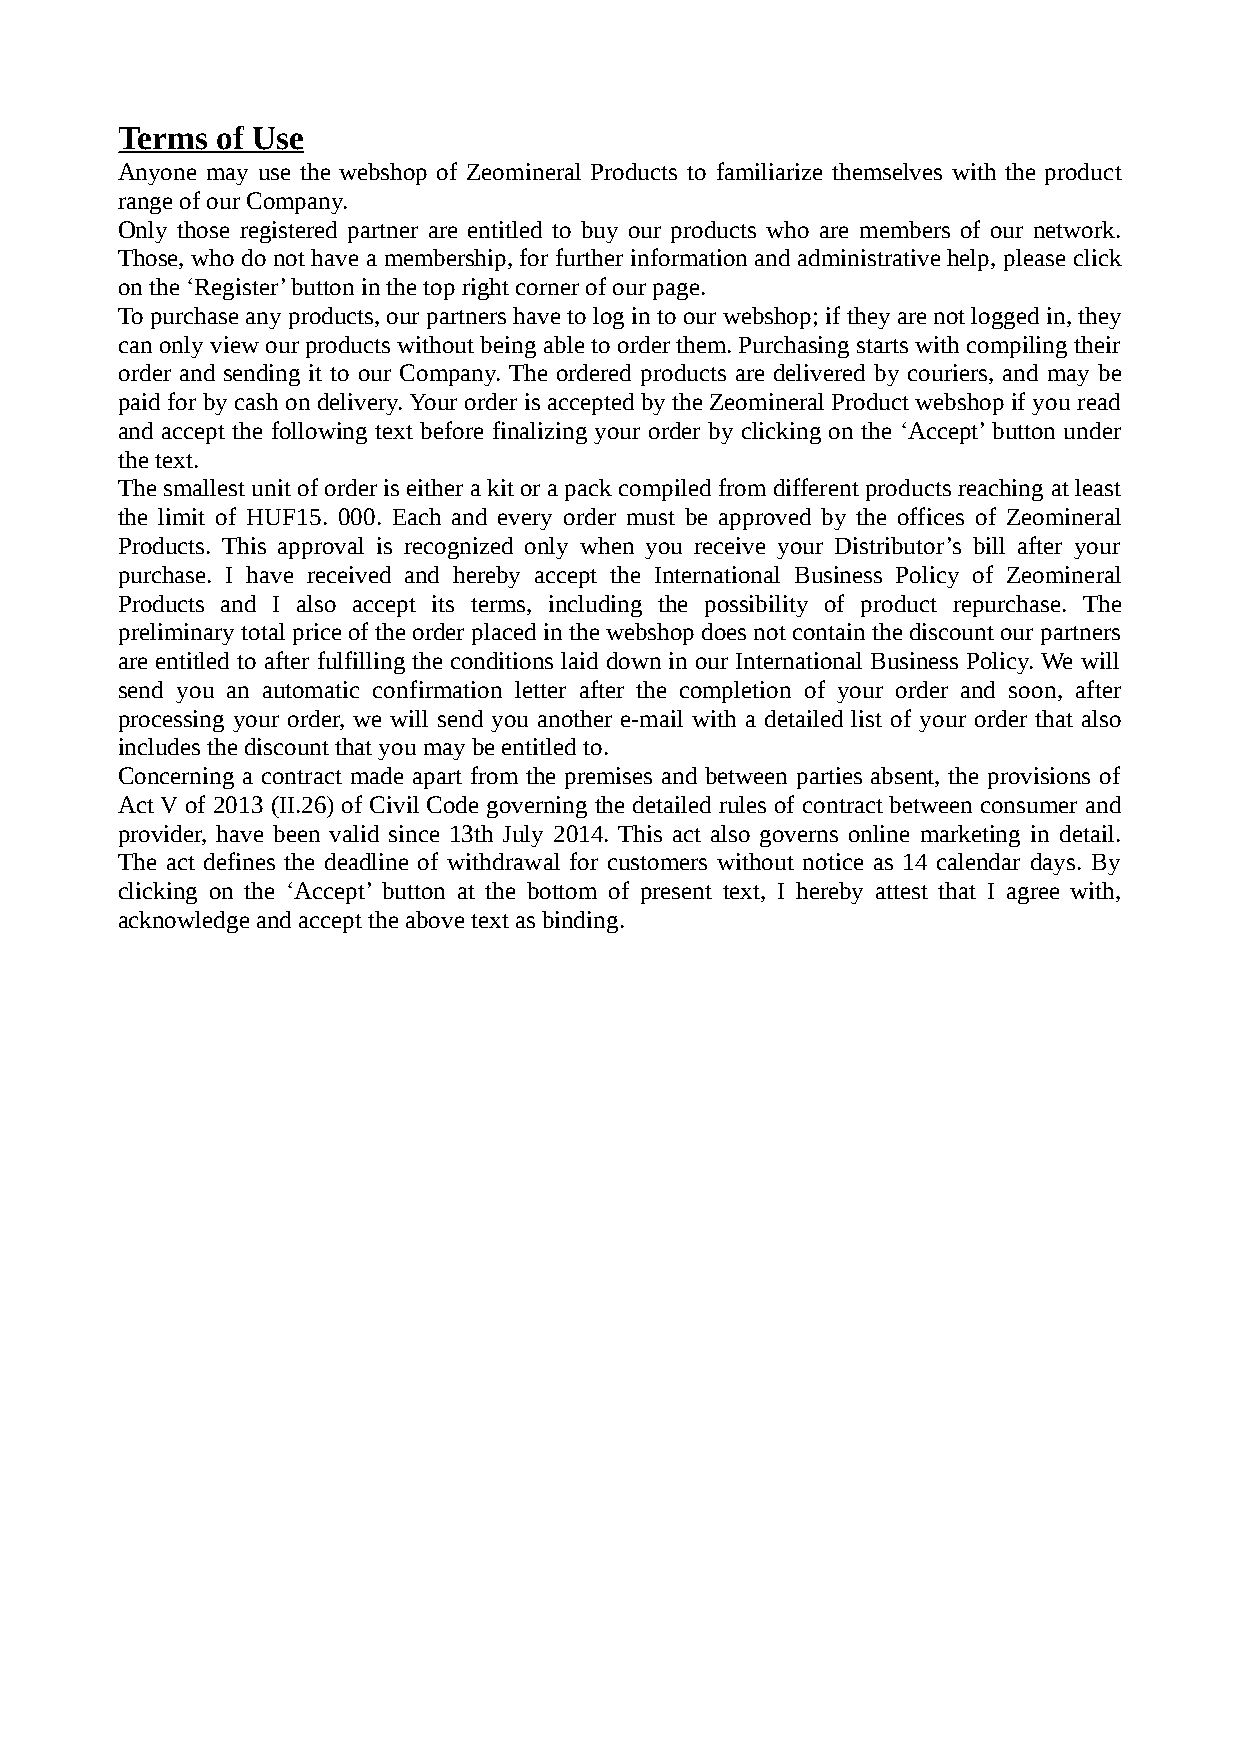
Terms of Use
 Anyone may use the webshop of Zeomineral Products to familiarize themselves with the product
 range of our Company.
 Only those registered partner are entitled to buy our products who are members of our network.
 Those, who do not have a membership, for further information and administrative help, please click
 on the ‘Register’ button in the top right corner of our page.
 To purchase any products, our partners have to log in to our webshop; if they are not logged in, they
 can only view our products without being able to order them. Purchasing starts with compiling their
 order and sending it to our Company. The ordered products are delivered by couriers, and may be
 paid for by cash on delivery. Your order is accepted by the Zeomineral Product webshop if you read
 and accept the following text before finalizing your order by clicking on the ‘Accept’ button under
 the text.
 The smallest unit of order is either a kit or a pack compiled from different products reaching at least
 the limit of HUF15. 000. Each and every order must be approved by the offices of Zeomineral
 Products. This approval is recognized only when you receive your Distributor’s bill after your
 purchase. I have received and hereby accept the International Business Policy of Zeomineral
 Products and I also accept its terms, including the possibility of product repurchase. The
 preliminary total price of the order placed in the webshop does not contain the discount our partners
 are entitled to after fulfilling the conditions laid down in our International Business Policy. We will
 send you an automatic confirmation letter after the completion of your order and soon, after
 processing your order, we will send you another e-mail with a detailed list of your order that also
 includes the discount that you may be entitled to.
 Concerning a contract made apart from the premises and between parties absent, the provisions of
 Act V of 2013 (II.26) of Civil Code governing the detailed rules of contract between consumer and
 provider, have been valid since 13th July 2014. This act also governs online marketing in detail.
 The act defines the deadline of withdrawal for customers without notice as 14 calendar days. By
 clicking on the ‘Accept’ button at the bottom of present text, I hereby attest that I agree with,
 acknowledge and accept the above text as binding.